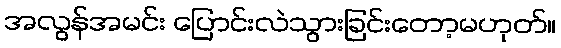
အလွန်အမင်း ပြောင်းလဲသွားခြင်းတော့မဟုတ်။